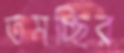
তমচ্ছির